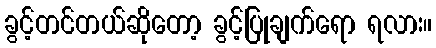
ခွင့်တင်တယ်ဆိုတော့ ခွင့်ပြုချက်ရော ရလား။